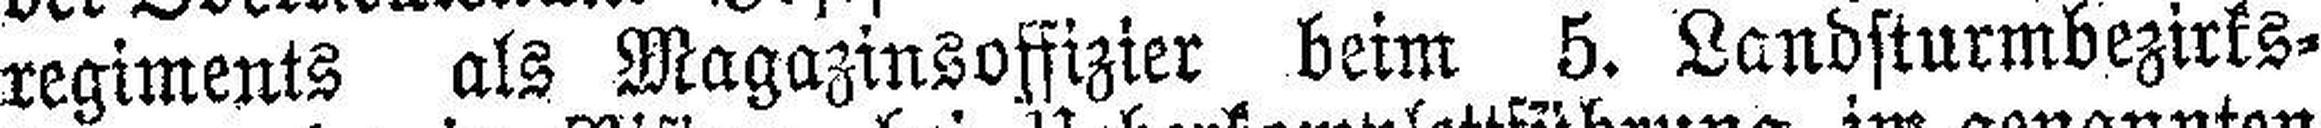
regiments als Magazinsoffizier beim 5. Landsturmbezirks¬